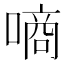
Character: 𠼬